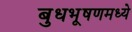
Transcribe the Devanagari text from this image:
बुधभूषणमध्ये